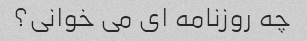
چه روزنامه ای می خوانی؟